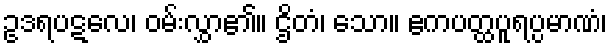
ဥဒရပဋလေ၊ ဝမ်းလွှာ၏။ ဌိတံ၊ သော။ ဧကပတ္ထပူရပ္ပမာဏံ၊